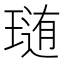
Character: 𤨂